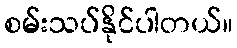
စမ်းသပ်နိုင်ပါတယ်။